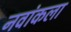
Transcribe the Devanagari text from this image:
नवांकला